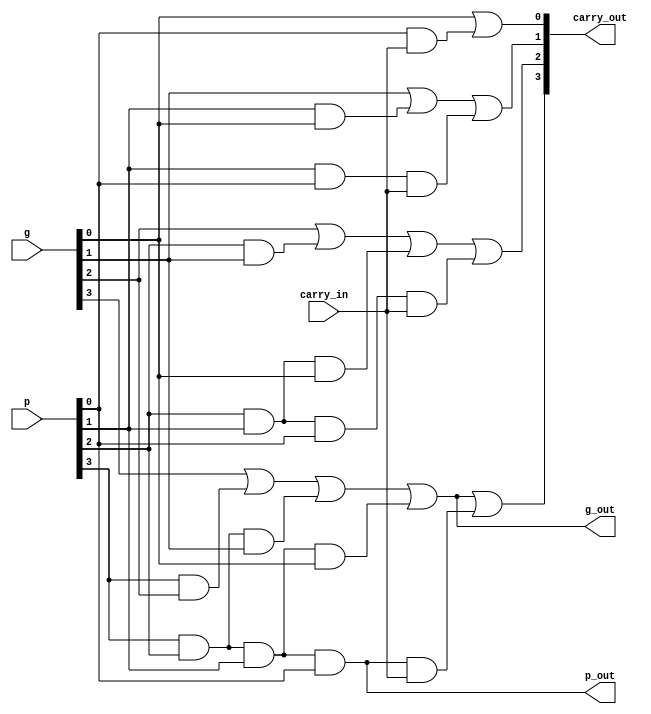
//444
module cla_4bits
(
	g, 
	p, 
	carry_in, 
	carry_out, 
	g_out, 
	p_out
);
	input [3:0]g;
	input [3:0]p;
	input carry_in;
	output [4:1]carry_out;
	output g_out;//4
	output p_out;//4

	assign carry_out[1] = g[0]
					    | (p[0] & carry_in); 

	assign carry_out[2] = g[1]
					    | (p[1] & g[0])
					    | (p[1] & p[0] & carry_in); 

	assign carry_out[3] = g[2]
					    | (p[2] & g[1])
					    | (p[2] & p[1] & g[0])
					    | (p[2] & p[1] & p[0] & carry_in); 

	assign carry_out[4] = g[3]
					    | (p[3] & g[2])
					    | (p[3] & p[2] & g[1])
					    | (p[3] & p[2] & p[1] & g[0])
					    | (p[3] & p[2] & p[1] & p[0] & carry_in); 

	assign g_out = g[3]
				 | (p[3] & g[2])
				 | (p[3] & p[2] & g[1])
				 | (p[3] & p[2] & p[1] & g[0]);

	assign p_out = p[3] & p[2] & p[1] & p[0];
endmodule

//1
module Adder_1bit
(
	a, 
	b, 
	carry_in, 
	sum, 
	g, 
	p
);
	input a;
	input b;
	input carry_in;
	output sum;
	output g;//1
	output p;//1

	assign sum = a ^ b ^ carry_in;

	assign g = a & b;
	
	assign p = a | b;
endmodule

//4
module Adder_4bits
(
	a, 
	b, 
	carry_in, 
	sum, 
	g_out, 
	p_out
);
	input [3:0]a;
	input [3:0]b;
	input carry_in;
	output [3:0]sum;
	output g_out;//4
	output p_out;//4

	wire [3:0]g;
	wire [3:0]p;
	wire [4:1]carry;

	Adder_1bit Adder1(a[0], b[0], carry_in, sum[0], g[0], p[0]);

	Adder_1bit Adder2(a[1], b[1], carry[1], sum[1], g[1], p[1]);
	
	Adder_1bit Adder3(a[2], b[2], carry[2], sum[2], g[2], p[2]);
	
	Adder_1bit Adder4(a[3], b[3], carry[3], sum[3], g[3], p[3]);

	cla_4bits CLA(g, p, carry_in, carry, g_out, p_out);
endmodule

//16
module Adder_16bits
(
	a, 
	b, 
	carry_in, 
	sum, 
	g_out, 
	p_out
);
	input [15:0]a;
	input [15:0]b;
	input carry_in;
	output [15:0]sum;
	output g_out;//16
	output p_out;//16

	wire [3:0]g;
	wire [3:0]p;
	wire [4:1]carry;

	Adder_4bits Adder1(a[3:0], b[3:0], carry_in, sum[3:0], g[0], p[0]);

	Adder_4bits Adder2(a[7:4], b[7:4], carry[1], sum[7:4], g[1], p[1]);
	
	Adder_4bits Adder3(a[11:8], b[11:8], carry[2], sum[11:8], g[2], p[2]);
	
	Adder_4bits Adder4(a[15:12], b[15:12], carry[3], sum[15:12], g[3], p[3]);

	cla_4bits CLA(g, p, carry_in, carry, g_out, p_out);
endmodule

//32
module Adder_32bits
(
	a,
	b,
	carry_in,
	sum,
	carry_out
);
	input [31:0]a;
	input [31:0]b;
	input carry_in;
	output [31:0]sum;
	output carry_out;

	wire carry_temp;
	wire [1:0]g;
	wire [1:0]p;
	
	assign carry_temp = g[0]
					  | (p[0] & carry_in);

	assign carry_out = g[1]
					 | (p[1] & g[0])
					 | (p[1] & p[0] & carry_in);

	Adder_16bits Adder1(a[15:0], b[15:0], carry_in, sum[15:0], g[0], p[0]);

	Adder_16bits Adder2(a[31:16], b[31:16], carry_temp, sum[31:16], g[1], p[1]);
endmodule

//32
module negate_32bits
(
	to_operate, 
	operator, 
	result
);
	input [31:0]to_operate;
	input operator;//1
	output [31:0]result;

	assign result[0] = operator ^ to_operate[0];
	assign result[1] = operator ^ to_operate[1];
	assign result[2] = operator ^ to_operate[2];
	assign result[3] = operator ^ to_operate[3];
	assign result[4] = operator ^ to_operate[4];
	assign result[5] = operator ^ to_operate[5];
	assign result[6] = operator ^ to_operate[6];
	assign result[7] = operator ^ to_operate[7];
	assign result[8] = operator ^ to_operate[8];
	assign result[9] = operator ^ to_operate[9];
	assign result[10] = operator ^ to_operate[10];
	assign result[11] = operator ^ to_operate[11];
	assign result[12] = operator ^ to_operate[12];
	assign result[13] = operator ^ to_operate[13];
	assign result[14] = operator ^ to_operate[14];
	assign result[15] = operator ^ to_operate[15];
	assign result[16] = operator ^ to_operate[16];
	assign result[17] = operator ^ to_operate[17];
	assign result[18] = operator ^ to_operate[18];
	assign result[19] = operator ^ to_operate[19];
	assign result[20] = operator ^ to_operate[20];
	assign result[21] = operator ^ to_operate[21];
	assign result[22] = operator ^ to_operate[22];
	assign result[23] = operator ^ to_operate[23];
	assign result[24] = operator ^ to_operate[24];
	assign result[25] = operator ^ to_operate[25];
	assign result[26] = operator ^ to_operate[26];
	assign result[27] = operator ^ to_operate[27];
	assign result[28] = operator ^ to_operate[28];
	assign result[29] = operator ^ to_operate[29];
	assign result[30] = operator ^ to_operate[30];
	assign result[31] = operator ^ to_operate[31];
endmodule

//32
module AddSub
(
	a, 
	b, 
	aluc, 
	r, 
	carry, 
	overflow
);
	input [31:0]a;
	input [31:0]b;
	input aluc;//
	output [31:0]r;
	output carry;//CF
	output overflow;//OF

	wire [31:0]b_to_add;
	wire carry_in;
	wire carry_out;
	
	//b_to_addbb_to_addb
	negate_32bits negate_(b, aluc, b_to_add);
	//b1,carry_in1
	assign carry_in = aluc ? 1: 0;

	//abab
	Adder_32bits Adder_(a, b_to_add, carry_in, r, carry_out);

	//OF
	assign overflow = ((~a[31]) & (~b_to_add[31]) & r[31])
				    | (a[31] & b_to_add[31] & (~r[31]));
	
	//CF
	assign carry = (aluc & (~carry_out))
				 | ((~aluc) & carry_out);
endmodule